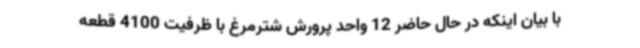
با بیان اینکه در حال حاضر 12 واحد پرورش شترمرغ با ظرفیت 4100 قطعه